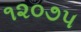
૧૨૦૭૫